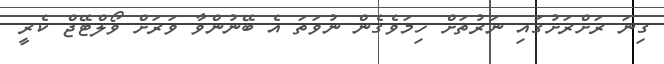
ގިނަ ރަށްރަށުގައި ނަރުތަށް ހިމަވެގެން ނުވަތަ އެ ބޭނުންވާ ވަރަށް ވޯލްޓޭޖް ކެރީ